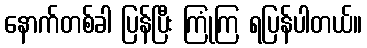
နောက်တစ်ခါ ပြန်ပြီး ကြုံကြ ရပြန်ပါတယ်။